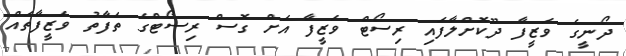
ދޯނީގެ ވަޒީފާ ދޫކޮށްލާފައި ރިސޯޓް ވަޒީފާ އަށް ގޮސް ރިސޯޓްގެ ތަފާތު ވަޒީފާތައް